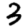
Digit: 3